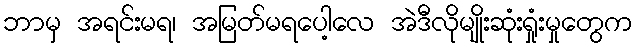
ဘာမှ အရင်းမရ၊ အမြတ်မရပေါ့လေ အဲဒီလိုမျိုးဆုံးရှုံးမှုတွေက